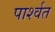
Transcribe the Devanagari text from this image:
पार्श्वत